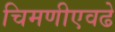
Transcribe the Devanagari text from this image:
चिमणीएवढे